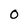
Character: 0